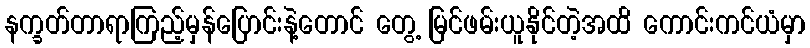
နက္ခတ်တာရာကြည့်မှန်ပြောင်းနဲ့တောင် တွေ့ မြင်ဖမ်းယူနိုင်တဲ့အထိ ကောင်းကင်ယံမှာ